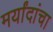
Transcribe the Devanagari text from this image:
मर्यांदांचा